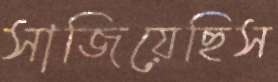
সাজিয়েছিস